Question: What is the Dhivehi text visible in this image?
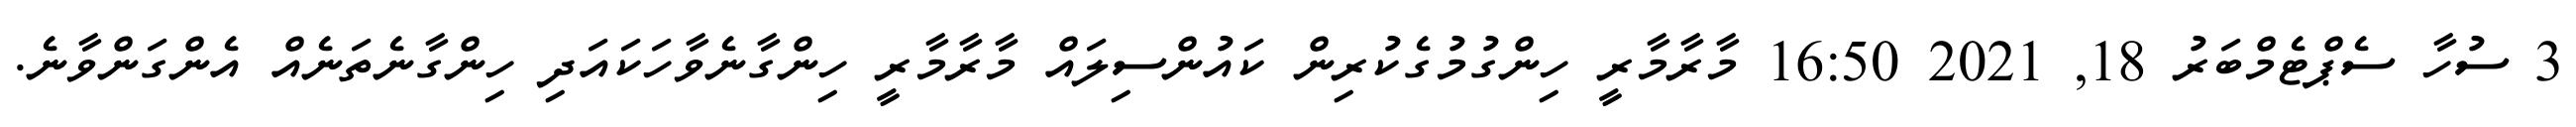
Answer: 3 ސުހާ ސެޕްޓެމްބަރު 18, 2021 16:50 މާރާމާރީ ހިންގުމުގެކުރިން ކައުންސިލައް މާރާމާރީ ހިންގާނެވާހަކައަދި ހިންގާނެތަނެއް އެންގަންވާނެ.